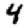
Digit: 4